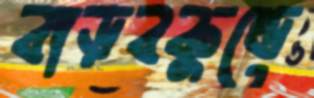
বাড়বকুণ্ডে